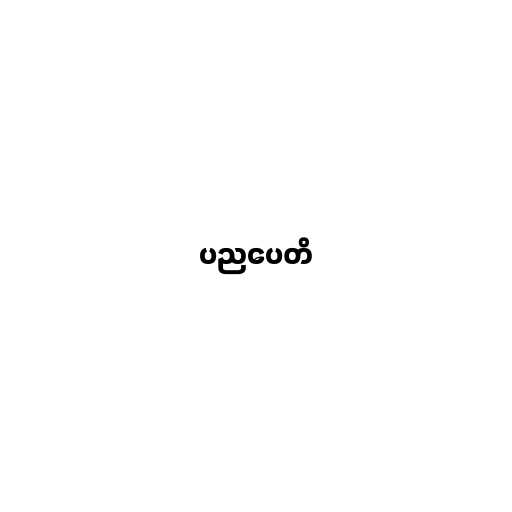
ပညပေတိ